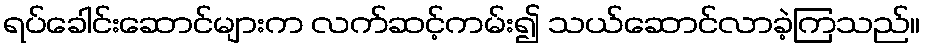
ရပ်ခေါင်းဆောင်များက လက်ဆင့်ကမ်း၍ သယ်ဆောင်လာခဲ့ကြသည်။